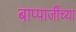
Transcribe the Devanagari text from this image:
बाप्पाजींच्या